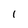
Character: l